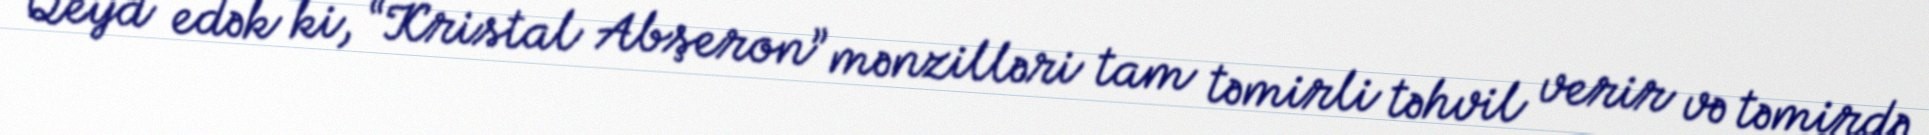
Qeyd edək ki, “Kristal Abşeron” mənzilləri tam təmirli təhvil verir və təmirdə